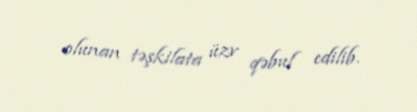
olunan təşkilata üzv qəbul edilib.